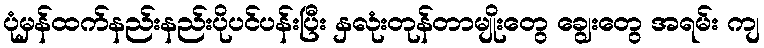
ပုံမှန်ထက်နည်းနည်းပိုပင်ပန်းပြီး နှလုံးတုန်တာမျိုးတွေ ချွေးတွေ အရမ်း ကျ